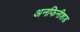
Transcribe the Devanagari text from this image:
अनफिनीशड